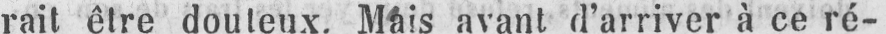
rait être douteux. Mais avant d’arriver à ce ré-